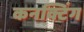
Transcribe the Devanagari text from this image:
कनक्टिंग